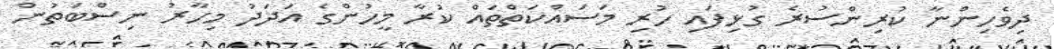
ދިވެހިންނާ ކުރިންސުރެ ގުޅިފައި ހުރި މަސައްކަތްތައް ކުރާ މީހުންގެ އަދަދު މިހާރު ނިސްބަތުން